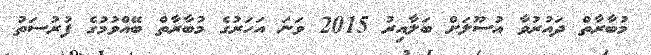
މުބާރާތް ދައުރުވާ އުސޫލަށް ބަލާއިރު 2015 ވަނަ އަހަރުގެ މުބާރާތް ބޭއްވުމުގެ ފުރުސަތު